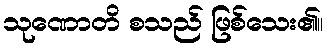
သုဏောတိ စသည် ဖြစ်သေး၏။